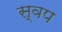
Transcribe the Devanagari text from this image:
स्वप